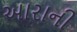
આરાની